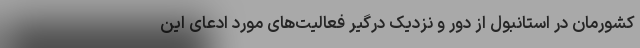
کشورمان در استانبول از دور و نزدیک درگیر فعالیت‌های مورد ادعای این